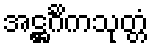
အဋ္ဌင်္ဂိကသုတ္တံ